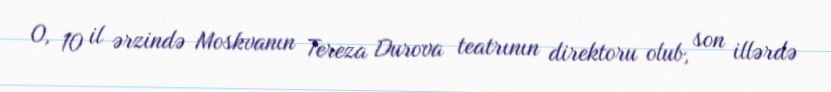
O, 10 il ərzində Moskvanın Tereza Durova teatrının direktoru olub, son illərdə